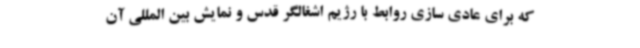
که برای عادی سازی روابط با رژیم اشغالگر قدس و نمایش بین المللی آن